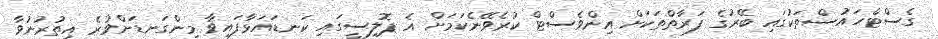
ގެސްޓްހައުސްތަކުގައި ބޭރުގެ ފަރާތްތަކަށް އިންވެސްޓް ކުރެވޭނެކަމަށް އެ ޕޮލިސީގައި ކަނޑައަޅާފައިވާ މިންގަނޑަށްވުރެ އިތުރުނުވާ